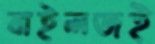
বাইলজই